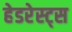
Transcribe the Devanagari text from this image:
हेडरेस्ट्स